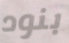
بنود